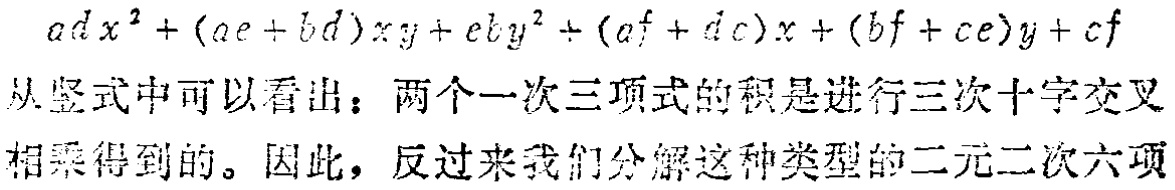
\(adx^{2}+(ae + bd)xy+eby^{2}+(af + dc)x+(bf + ce)y+cf\)

从竖式中可以看出：两个一次三项式的积是进行三次十字交叉

相乘得到的。因此，反过来我们分解这种类型的二元二次六项